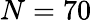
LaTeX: N=70